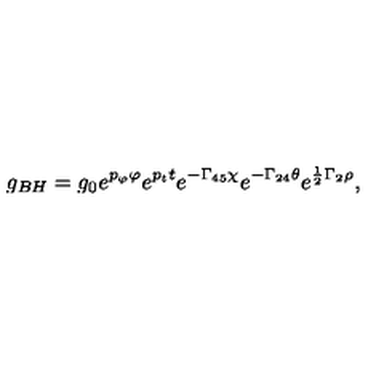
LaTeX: \displaystyle { g _ { B H } = g _ { 0 } e ^ { p _ { \varphi } \varphi } e ^ { p _ { t } t } e ^ { - \Gamma _ { 4 5 } \chi } e ^ { - \Gamma _ { 2 4 } \theta } e ^ { \frac { 1 } { 2 } \Gamma _ { 2 } \rho } } ,